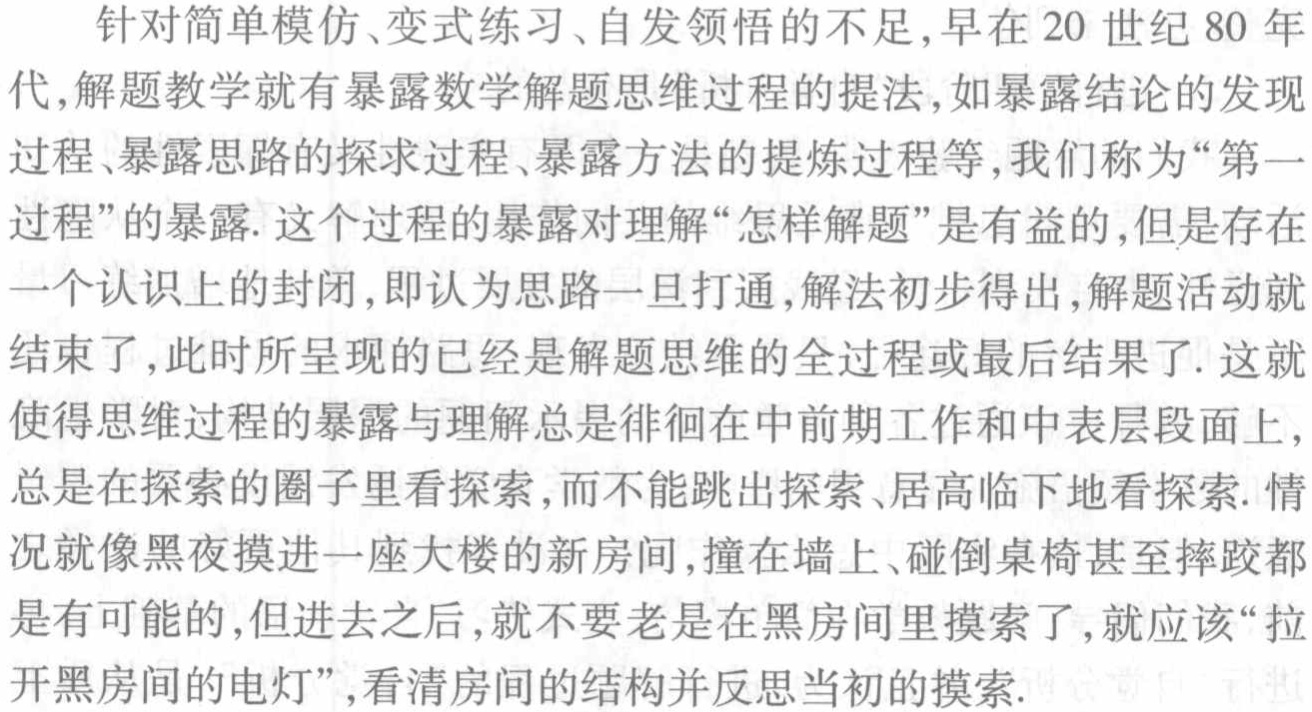
针对简单模仿、变式练习、自发领悟的不足,早在20世纪80年代,解题教学就有暴露数学解题思维过程的提法,如暴露结论的发现过程、暴露思路的探求过程、暴露方法的提炼过程等,我们称为“第一过程”的暴露. 这个过程的暴露对理解“怎样解题”是有益的,但是存在一个认识上的封闭,即认为思路一旦打通,解法初步得出,解题活动就结束了,此时所呈现的已经是解题思维的全过程或最后结果了. 这就使得思维过程的暴露与理解总是徘徊在中前期工作和中表层段面上,总是在探索的圈子里看探索,而不能跳出探索、居高临下地看探索. 情况就像黑夜摸进一座大楼的新房间,撞在墙上、碰倒桌椅甚至摔跤都是有可能的,但进去之后,就不要老是在黑房间里摸索了,就应该“拉开黑房间的电灯”,看清房间的结构并反思当初的摸索.